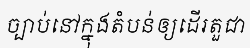
ច្បាប់នៅក្នុងតំបន់ឲ្យដើរតួជា